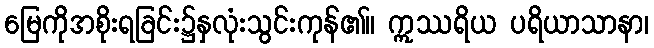
မြေကိုအစိုးရခြင်း၌နှလုံးသွင်းကုန်၏။ ဣဿရိယ ပရိယာသာနာ၊